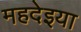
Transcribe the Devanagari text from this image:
महदेइया